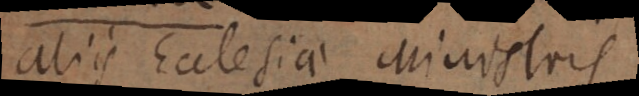
aliis Ecclesiae Ministris,